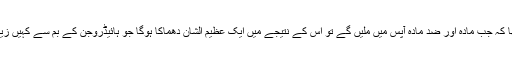
سازشی جانتا تھا کہ جب مادّہ اور ضد مادّہ آپس میں ملیں گے تو اس کے نتیجے میں ایک عظیم الشان دھماکا ہوگا جو ہائیڈروجن کے بم سے کہیں زیادہ طاقتور ہوگا۔